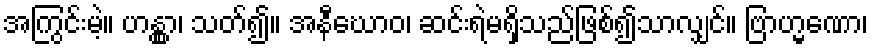
အကြွင်းမဲ့။ ဟန္တွာ၊ သတ်၍။ အနီဃောဝ၊ ဆင်းရဲမရှိသည်ဖြစ်၍သာလျှင်။ ဗြာဟ္မဏော၊